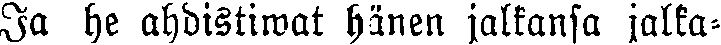
Ja he ahdistiwat hänen jalkansa jalka-